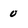
Character: 0